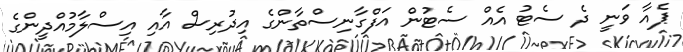
ޕެއާ ވަނީ ދެ ސެޓު އެއް ސެޓުން އަފްގާނިސްތާންގެ އިދުރިސް އާއި އިސްލާމުއްދީންގެ